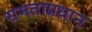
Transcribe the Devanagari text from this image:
समताप्रधान